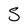
Character: S